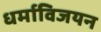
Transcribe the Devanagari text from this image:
धर्माविजयन